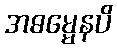
အဓမ္မေနပိ